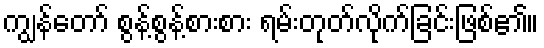
ကျွန်တော် စွန့်စွန့်စားစား ရမ်းတုတ်လိုက်ခြင်းဖြစ်၏။